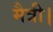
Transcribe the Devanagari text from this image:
मैत्री।